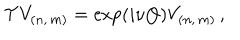
{ \cal T } V _ { ( n , \, m ) } = \exp \left( i \nu Q \right) V _ { ( n , \, m ) } \, ,